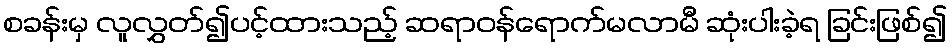
စခန်းမှ လူလွှတ်၍ပင့်ထားသည့် ဆရာဝန်ရောက်မလာမီ ဆုံးပါးခဲ့ရ ခြင်းဖြစ်၍